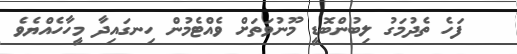
ފަހެ ތެދުމަގު ލިބުންބޮޑީ މޫނުވަތަށް ވެއްޓެމުން ހިނގައިދާ މީހާހެއްޔެވެ